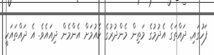
ފަހުގައި